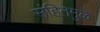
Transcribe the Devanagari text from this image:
संहितेमुळे